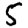
Digit: 5